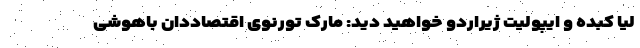
لیا کبده و ایپولیت ژیراردو خواهید دید: مارک تورنوی اقتصاددان باهوشی